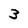
Character: 3